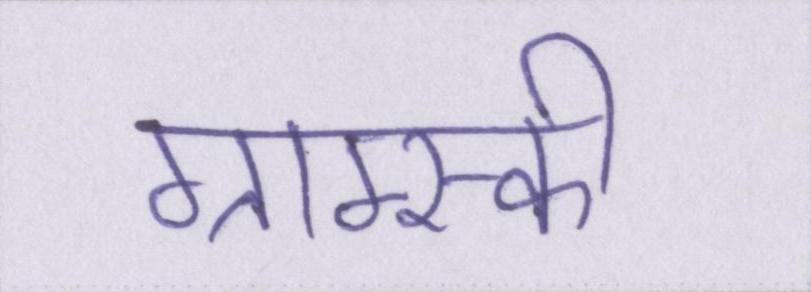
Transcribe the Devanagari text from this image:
ग्राम्स्की